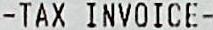
- TAX INVOICE -